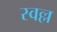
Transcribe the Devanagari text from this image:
स्वल्ल